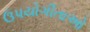
ઉપયોગીતાઓ